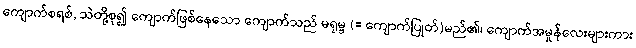
ကျောက်စရစ်, သဲတို့စု၍ ကျောက်ဖြစ်နေသော ကျောက်သည် မရုမ္ဗ (= ကျောက်ပြုတ်)မည်၏၊ ကျောက်အမှုန်လေးများကား